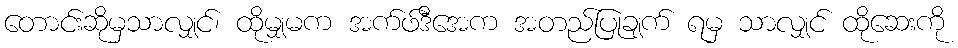
တောင်းဆိုမှသာလျှင်၊ ထိုမျှမက အက်ဖ်ဒီအေက အတည်ပြုချက် ရမှ သာလျှင် ထိုဆေးကို